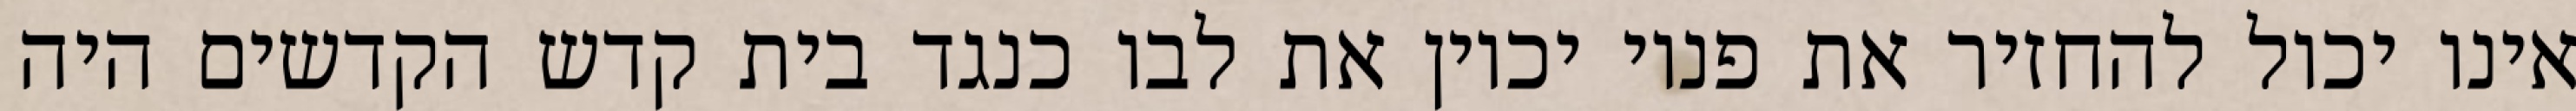
אינו יכול להחזיר את פניו יכוין את לבו כנגד בית קדש הקדשים היה